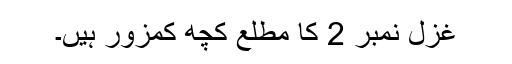
غزل نمبر 2 کا مطلع کچھ کمزور ہیں۔